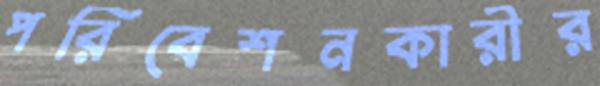
পরিবেশনকারীর